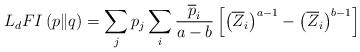
LaTeX: \begin{align*}L_{d}FI\left(p\|q\right)=\sum_{j}p_{j}\sum_{i}\frac{\overline{p}_{i}}{a-b}\left[\left(\overline{Z}_{i}\right)^{a-1}-\left(\overline{Z}_{i}\right)^{b-1}\right]\end{align*}